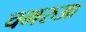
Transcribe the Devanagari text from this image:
चमरुआ